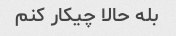
بله حالا چیکار کنم